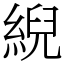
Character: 䋩